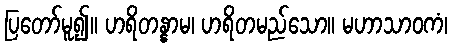
ပြတော်မူ၍။ ဟရိတန္နာမ၊ ဟရိတမည်သော။ မဟာသာဝကံ၊